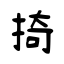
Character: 掎